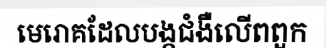
មេរោគដែលបង្កជំងឺលើពពួក